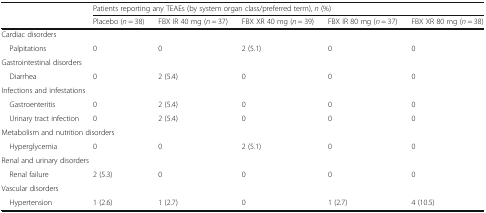
<table><thead><tr><td></td><td colspan="5"><b>Patients reporting any TEAEs (by system organ class/preferred term), <i>n</i> (%)</b></td></tr><tr><td></td><td><b>Placebo (<i>n</i> = 38)</b></td><td><b>FBX IR 40 mg (<i>n</i> = 37)</b></td><td><b>FBX XR 40 mg (<i>n</i> = 39)</b></td><td><b>FBX IR 80 mg (<i>n</i> = 37)</b></td><td><b>FBX XR 80 mg (<i>n</i> = 38)</b></td></tr></thead><tbody><tr><td colspan="6">Cardiac disorders</td></tr><tr><td> Palpitations</td><td>0</td><td>0</td><td>2 (5.1)</td><td>0</td><td>0</td></tr><tr><td colspan="6">Gastrointestinal disorders</td></tr><tr><td> Diarrhea</td><td>0</td><td>2 (5.4)</td><td>0</td><td>0</td><td>0</td></tr><tr><td colspan="6">Infections and infestations</td></tr><tr><td> Gastroenteritis</td><td>0</td><td>2 (5.4)</td><td>0</td><td>0</td><td>0</td></tr><tr><td> Urinary tract infection</td><td>0</td><td>2 (5.4)</td><td>0</td><td>0</td><td>0</td></tr><tr><td colspan="6">Metabolism and nutrition disorders</td></tr><tr><td> Hyperglycemia</td><td>0</td><td>0</td><td>2 (5.1)</td><td>0</td><td>0</td></tr><tr><td colspan="6">Renal and urinary disorders</td></tr><tr><td> Renal failure</td><td>2 (5.3)</td><td>0</td><td>0</td><td>0</td><td>0</td></tr><tr><td colspan="6">Vascular disorders</td></tr><tr><td> Hypertension</td><td>1 (2.6)</td><td>1 (2.7)</td><td>0</td><td>1 (2.7)</td><td>4 (10.5)</td></tr></tbody></table>